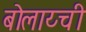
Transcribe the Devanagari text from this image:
बोलाय्ची